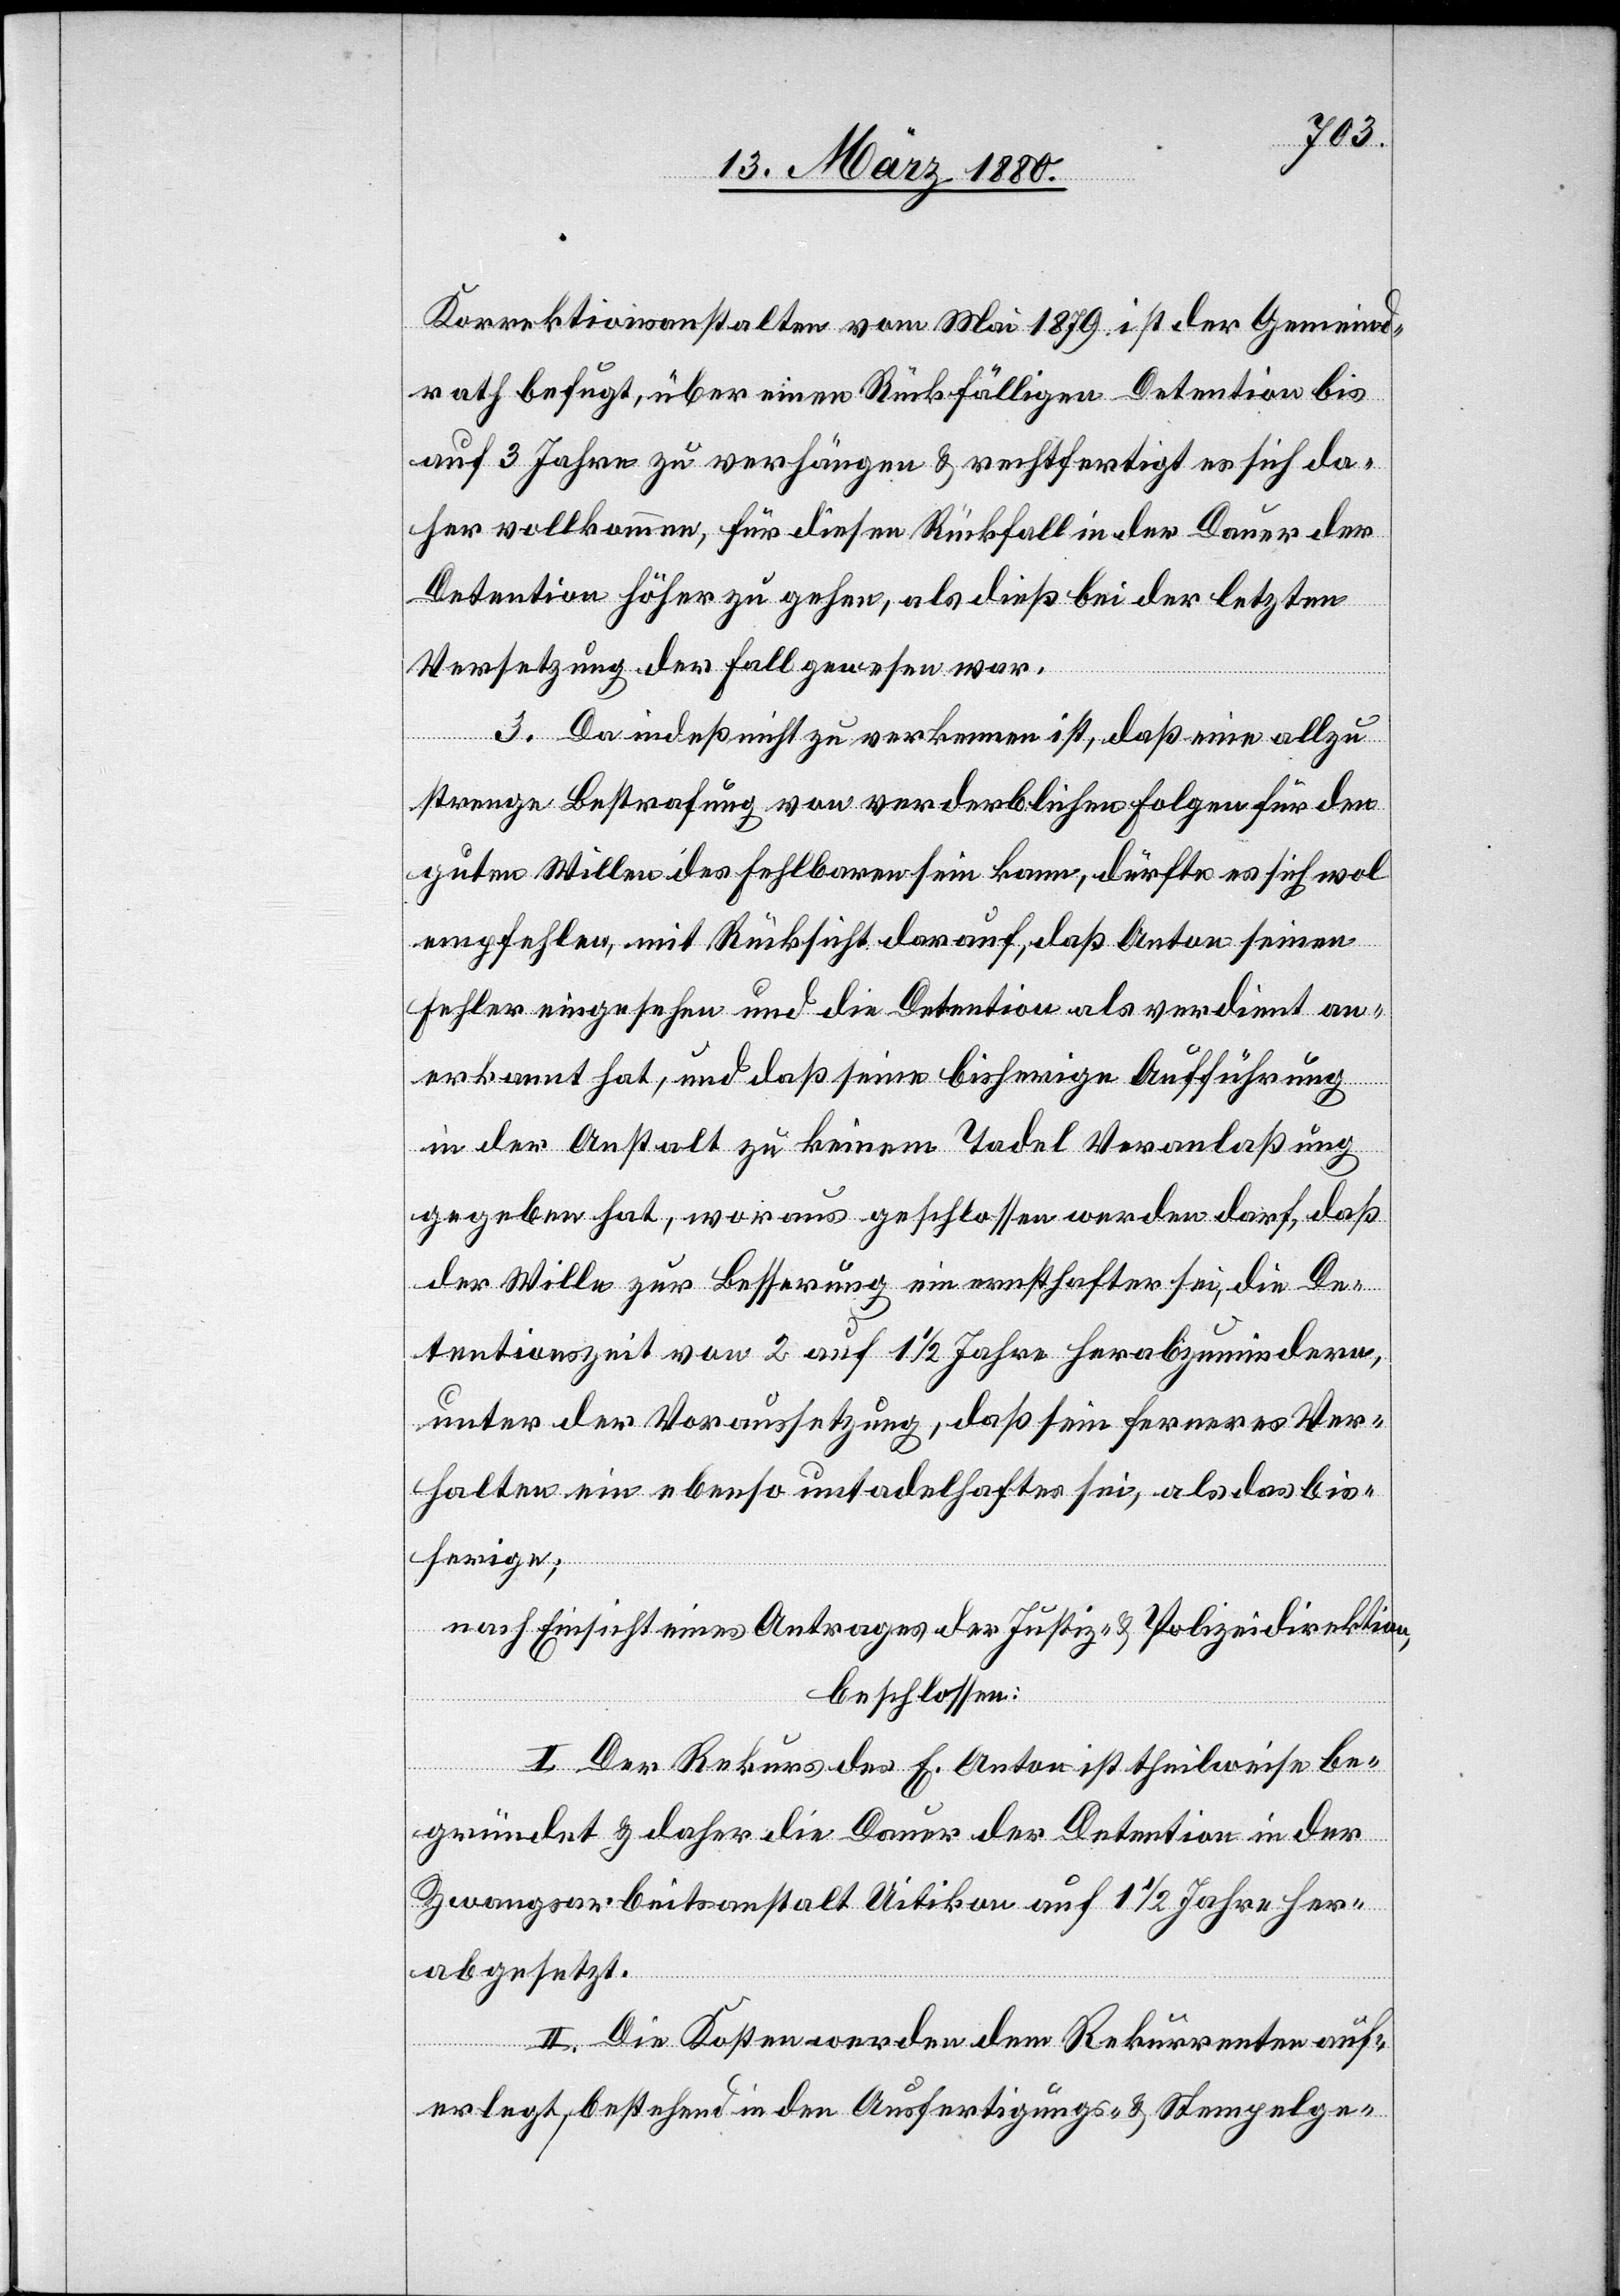
Korrektionsanstalten vom Mai 1879 ist der Gemeind¬
rath befugt, über einen Rückfälligen Detention bis
auf 3 Jahre zu verhängen & rechtfertigt es sich da¬
her vollkommen, für diesen Rückfall in der Dauer der
Detention höher zu gehen, als dieß bei der letzten
Versetzung der Fall gewesen war.
3. Da indeß nicht zu verkennen ist, daß eine allzu
strenge Bestrafung von verderblichen Folgen für den
guten Willen des Fehlbaren sein kann, dürfte es sich wol
empfehlen, mit Rücksicht darauf, daß Anton seinen
Fehler eingesehen und die Detention als verdient an¬
erkannt hat, und daß seine bisherige Aufführung
in der Anstalt zu keinem Tadel Veranlaßung
gegeben hat, woraus geschlossen werden darf, daß
der Wille zu Besserung ein ernsthafter sei, die De¬
tention von 2 auf 1 1/2 Jahre herabzumindern,
unter der Voraussetzung, daß sein ferneres Ver¬
halten ein ebenso untadelhaftes sei, als das bis¬
herige;
nach Einsicht eines Antrages der Justiz- & Polizeidirektion,
beschlosse:
I. Der Rekurs des E. Anton ist theilweise be¬
gründet & daher die Dauer der Detention in der
Zwangsarbeitsanstalt Uitikon auf 1 1/2 Jahre her¬
abgesetzt.
II. Die Kosten werden dem Rekurrenten auf¬
erlegt, bestehend in den Ausfertigungs- & Stempelge-